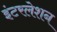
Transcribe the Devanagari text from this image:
इंटरलेशन